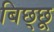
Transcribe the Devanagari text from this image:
बिछ्छू